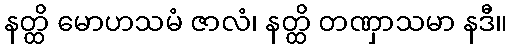
နတ္ထိ မောဟသမံ ဇာလံ၊ နတ္ထိ တဏှာသမာ နဒီ။